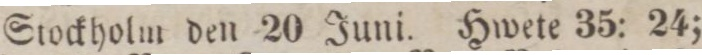
Stockholm den 20 Juni. Hwete 35: 24;